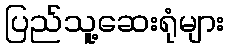
ပြည်သူ့ဆေးရုံများ